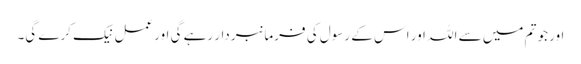
اور جو تم میں سے اللہ اور اس کے رسول کی فرمانبردار رہے گی اورعمل نیک کرے گی۔